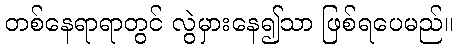
တစ်နေရာရာတွင် လွဲမှားနေ၍သာ ဖြစ်ရပေမည်။